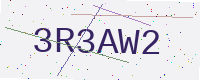
Text: 3R3AW2